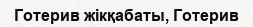
Готерив жікқабаты, Готерив